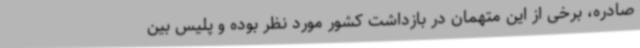
صادره، برخی از این متهمان در بازداشت کشور مورد نظر بوده و پلیس بین